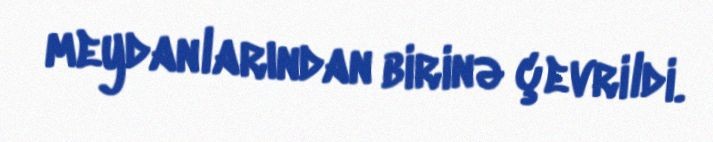
meydanlarından birinə çevrildi.